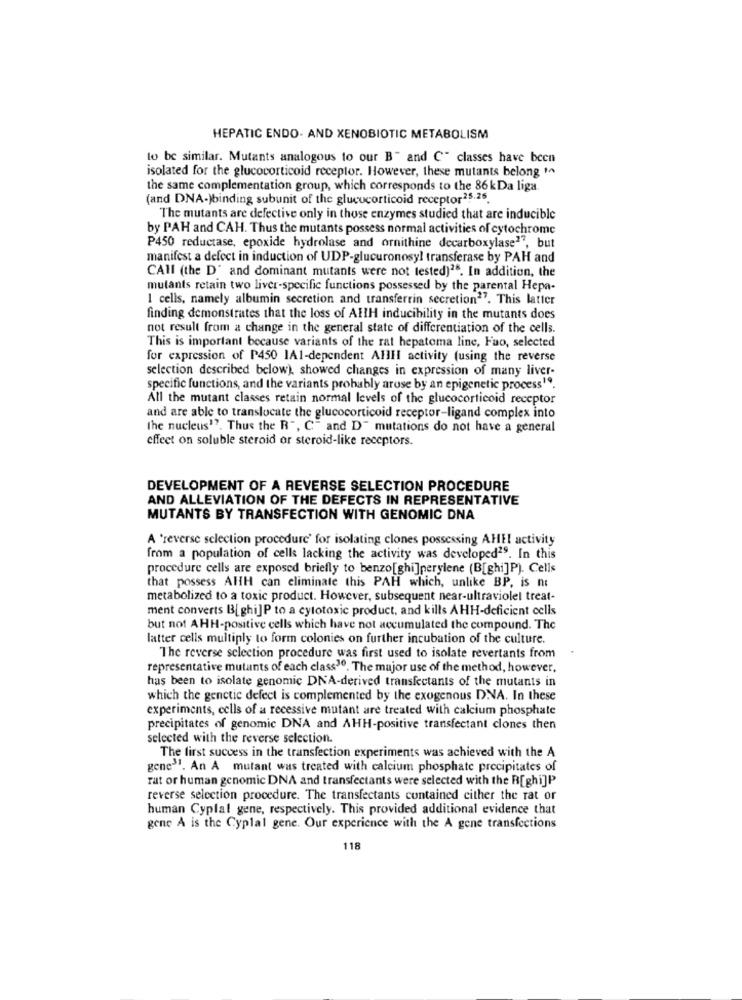
HEPATIC ENDO- AND XENOBIOTIC METABOLISM
to be similar. Mutants analogous to our B" and C" classes have been
isolated for the glucocorticoid receptor. However, these mutants belong in
the same complementation group, which corresponds to the 86kDa liga
(and DNA-)binding subunit of the glucocorticoid receptor25.25.
The mutants are defective only in those enzymes studied that are inducible
by PAH and CAH. Thus the mutants possess normal activities of cytochrome
P450 reductase, epoxide hydrolase and ornithine decarboxylase?", but
manifest a defect in induction of UDP-glucuronosyl transferase by PAH and
CAll (the D' and dominant mutants were not tested)28. In addition, the
mutants retain two liver-specific functions possessed by the parental Hepa-
1 cells, namely albumin secretion and transferrin secretion"". This latter
finding demonstrates that the loss of AllH inducibility in the mutants does
not result from a change in the general state of differentiation of the cells.
This is important because variants of the rat hepatoma line, Fao, selected
for expression of P450 1A1-dependent AHIHI activity (using the reverse
selection described below), showed changes in expression of many liver-
specific functions, and the variants probably arose by an epigenetic process19.
All the mutant classes retain normal levels of the glucocorticoid receptor
and are able to translocate the glucocorticoid receptor-ligand complex into
the nucleus"". Thus the R", C" and D" mutations do not have a general
effeet on soluble steroid or steroid-like receptors.
DEVELOPMENT OF A REVERSE SELECTION PROCEDURE
AND ALLEVIATION OF THE DEFECTS IN REPRESENTATIVE
MUTANTS BY TRANSFECTION WITH GENOMIC DNA
A 'reverse selection procedure' for isolating clones possessing AHEI activity
from a population of cells lacking the activity was developed29. In this
procedure cells are exposed briefly to benzo[ghi]perylene (B[ghi]P). Cells
that possess AHH can eliminate this PAH which, unlike BP, is no
metabolized to a toxic product. However, subsequent near-ultraviolel treat-
ment converts B[ghi]P to a cytotoxic product, and kills AHH-deficient cells
but not AHH-positive cells which have not accumulated the compound. The
latter cells multiply to form colonies on further incubation of the culture.
The reverse selection procedure was first used to isolate revertants from
representative mutants of each class10. The major use of the method, however.
has been to isolate genomic DNA-derived transfectants of the mutants in
which the genetic defect is complemented by the exogenous DNA. In these
experiments, cells of a recessive mutant are treated with calcium phosphate
precipitates of genomic DNA and AHH-positive transfectant clones then
selected with the reverse selection.
The first success in the transfection experiments was achieved with the A
gene31. An A mutant was treated with calcium phosphate precipitates of
rat or human genomic DNA and transfectants were selected with the B[ghi]P
reverse selection procedure. The transfectants contained either the rat or
human Cyplal gene, respectively. This provided additional evidence that
gene A is the Cyplal gene. Our experience with the A gene transfections
118